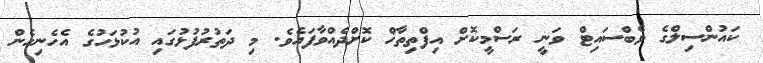
ކައުންސިލްގެ ވެބްސައިޓް ވަނީ ރަސްމީކޮށް އިފްތިތާޚް ކޮށްދެއްވާފައެވެ. މި ދަތުރުފުޅުގައި އުކުޅަހުގެ އެހެނިހެން